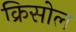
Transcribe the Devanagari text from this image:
क्रिसोल